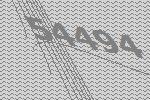
54494